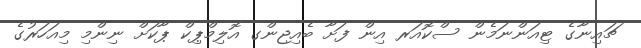
ޗައިނާގެ ޓިއަންނަމެން ސްކޮއަރ އިން ފަށާ ބެއިޖިންގ އޮލިމްޕިކް ޕާކަށް ނިންމި މިއަހަރުގެ